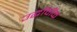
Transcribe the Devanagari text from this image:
उद्धॉवॉक